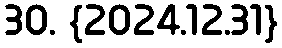
30. {2024.12.31}